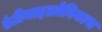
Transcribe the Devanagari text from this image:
एंटीमाइक्रोबियल्स